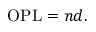
{ \mathrm { O P L } } = n d .